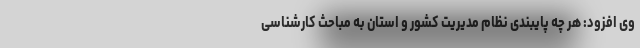
وی افزود: هر چه پایبندی نظام مدیریت کشور و استان به مباحث کارشناسی